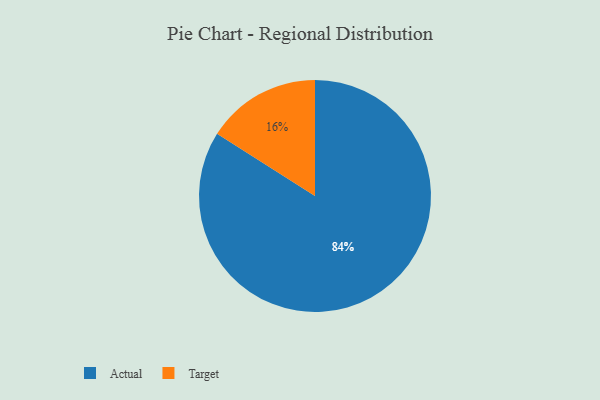
{"axis": {"x": "Category", "y": "Percentage"}, "legend": ["Actual", "Target"], "data": [{"x": "Actual", "y": 84, "type": "Actual"}, {"x": "Target", "y": 16, "type": "Target"}]}